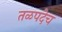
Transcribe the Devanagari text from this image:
तळपदेच